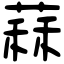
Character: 䔉